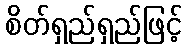
စိတ်ရှည်ရှည်ဖြင့်